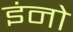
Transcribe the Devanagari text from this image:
इंनो